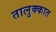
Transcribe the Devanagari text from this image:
तालुक्कात